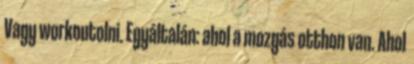
Vagy workoutolni. Egyáltalán: ahol a mozgás otthon van. Ahol